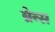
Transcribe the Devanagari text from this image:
ब्रेन्स